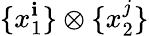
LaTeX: \{ x_{1}^{\mathbf{i}}\} \otimes\{ x_{2}^{j}\}